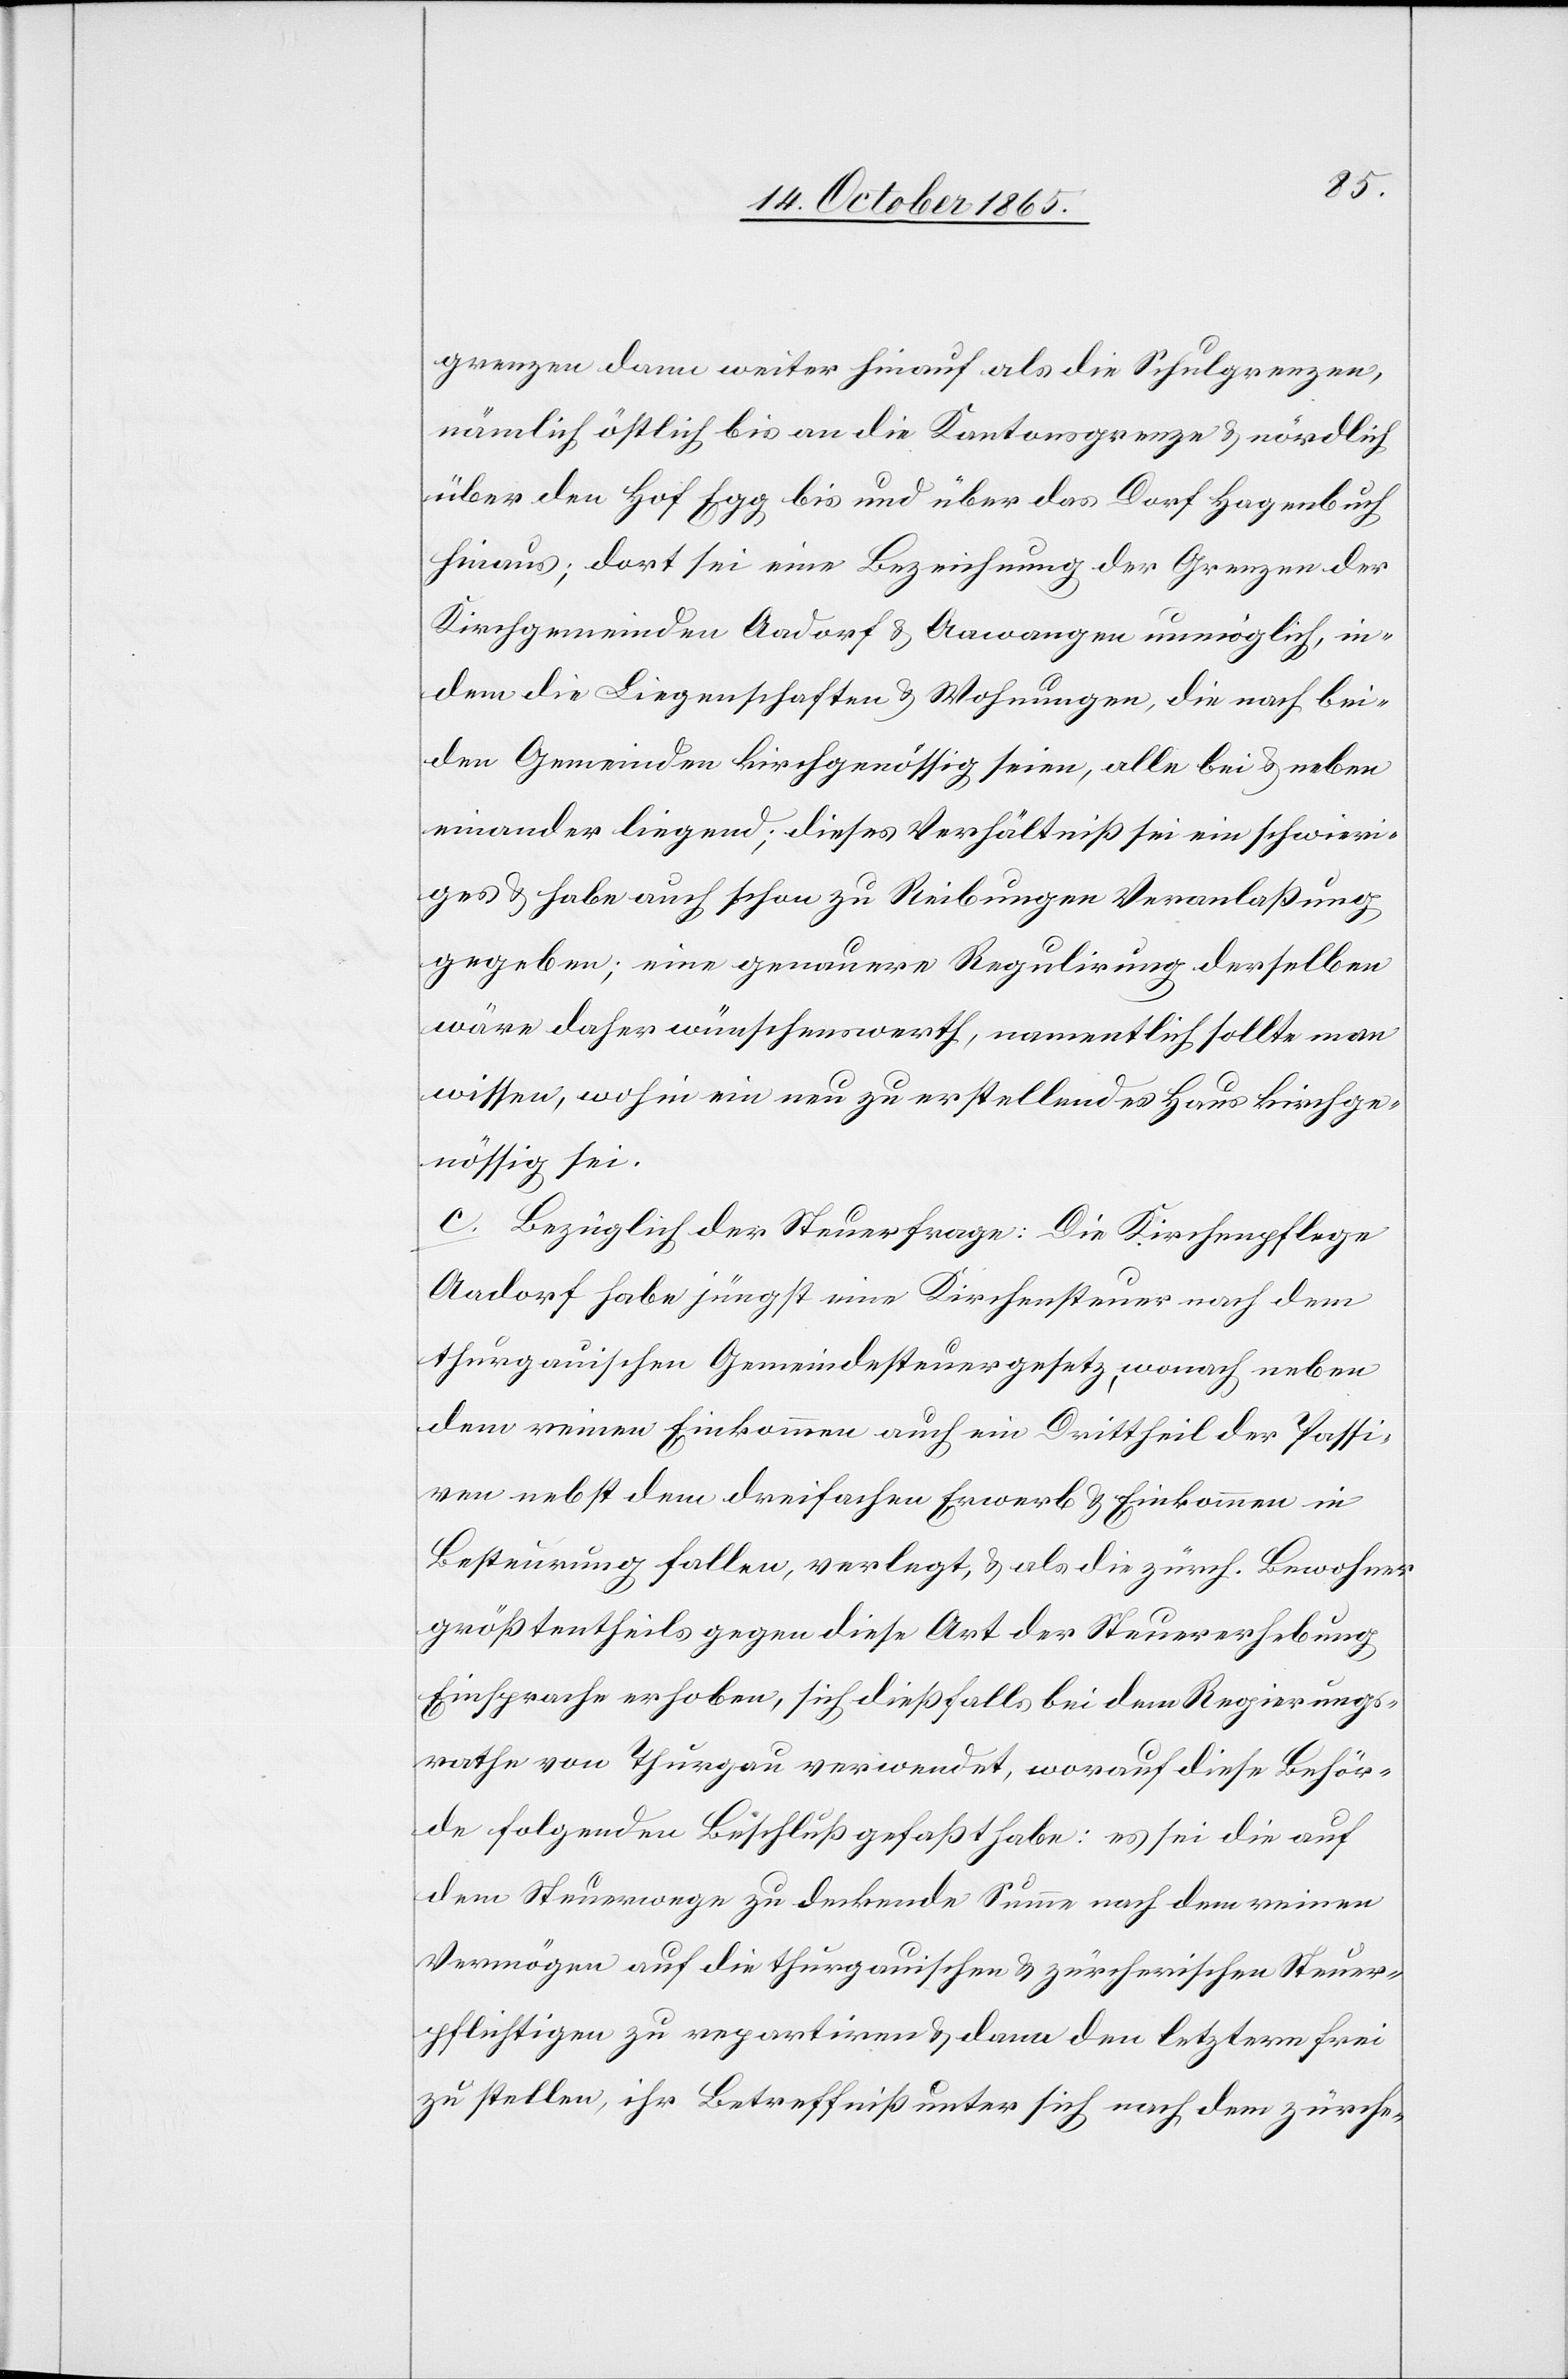
grenzen dann weiter hinauf als die Schulgrenzen,
nämlich östlich bis an die Kantonsgrenze & nördlich
über den Hof Egg bis und über das Dorf Hagenbuch
hinaus; dort sei eine Bezeichnung der Grenzen der
Kirchgemeinden Aadorf & Aawangen unmöglich, in¬
dem die Liegenschaften & Wohnungen, die nach bei¬
den Gemeinden kirchgenössig seien, alle bei & neben
einander liegend: dieses Verhältniß sei ein schwieri¬
ges & habe auch schon zu Reibungen Veranlaßung
gegeben; eine genauere Regulirung derselben
wäre daher wünschenswerth, namentlich sollte man
wissen, wohin ein neu zu erstellendes Haus kirchge¬
nössig sei.
c. Bezüglich der Steuerfrage: Die Kirchenpflege
Aadorf habe jüngst eine Kirchensteuer nach dem
thurgauischen Gemeindesteuergesetz, wonach neben
dem reinen Einkommen auch ein Drittheil der Passi¬
ven nebst dem dreifachen Erwerb & Einkommen in
Besteurung fallen, verlegt, & als die zürch. Bewohner
größtentheils gegen diese Art der Steuererhebung
Einsprache erhoben, sich dießfalls bei dem Regierungs¬
rathe von Thurgau verwendet, worauf diese Behör¬
de folgenden Beschluß gefaßt habe: es sei die auf
dem Steuerwege zu deckende Summe nach dem reinen
Vermögen auf die thurgauischen & zürcherischen Steuer¬
pflichtigen zu repartiren & dann den letztern frei
zu stellen, ihr Betreffniß unter sich nach dem zürche-